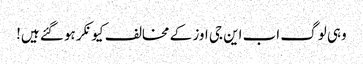
وہی لوگ اب این جی اوز کے مخالف کیونکر ہو گئے ہیں!